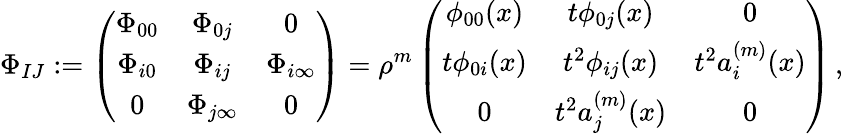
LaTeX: \Phi_{IJ}:=\left(\begin{array}{ccc}{\Phi_{00}}&{\Phi_{0j}}&{0}\\ {\Phi_{i0}}&{\Phi_{ij}}&{\Phi_{i\infty}}\\ {0}&{\Phi_{j\infty}}&{0}\end{array}\right)=\rho^{m}\left(\begin{array}{ccc}{\phi_{00}(x)}&{t\phi_{0j}(x)}&{0}\\ {t\phi_{0i}(x)}&{t^{2}\phi_{ij}(x)}&{t^{2}a_{i}^{(m)}(x)}\\ {0}&{t^{2}a_{j}^{(m)}(x)}&{0}\end{array}\right)\, ,